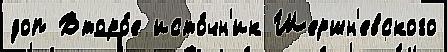
доп Второ́е исто́чн'ик Шершн'евского